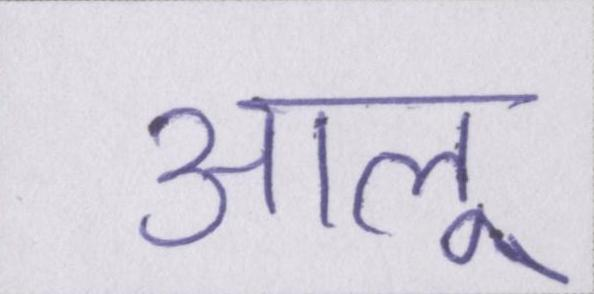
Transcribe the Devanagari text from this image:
आलू